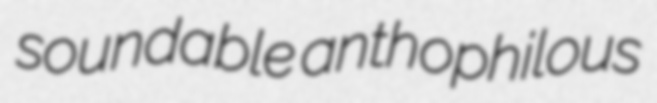
soundable anthophilous